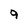
Character: 9